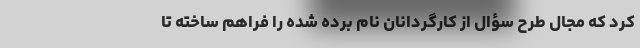
کرد که مجال طرح سؤال از کارگردانان نام برده شده را فراهم ساخته تا